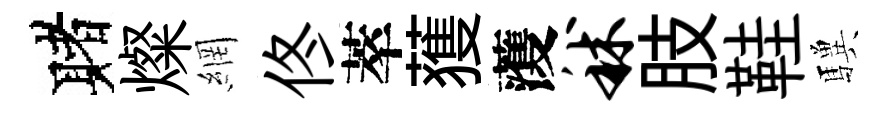
赌燦網佟萃𫉬𮑮秫肢鞋驥